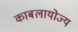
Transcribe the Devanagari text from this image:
काबलायोज्य